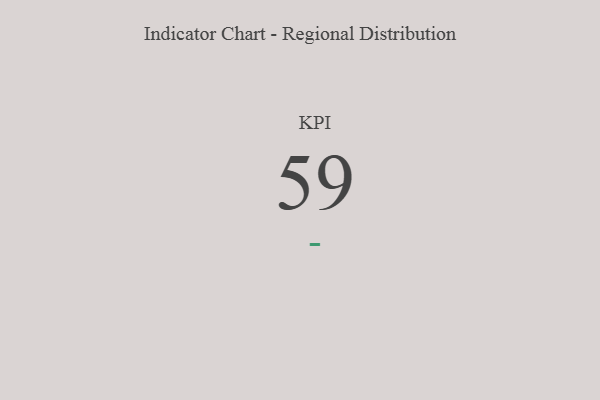
{"axis": {"x": "KPI", "y": "Value"}, "legend": [""], "data": [{"x": "KPI", "y": 59, "type": ""}]}